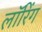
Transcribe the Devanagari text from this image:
लॉरिंग